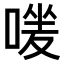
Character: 𠹐